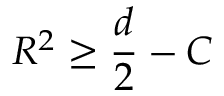
R ^ { 2 } \ge \frac { d } { 2 } - C